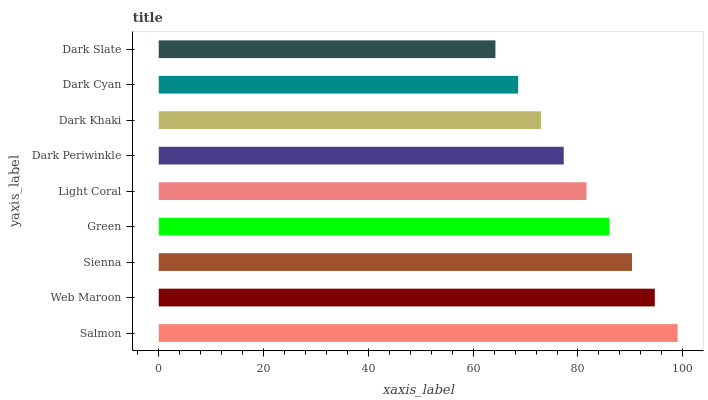
| yaxis_label | bars |
 | --- | --- |
 | Salmon | 99 |
 | Web Maroon | 94.7 |
 | Sienna | 90.3 |
 | Green | 86 |
 | Light Coral | 81.6 |
 | Dark Periwinkle | 77.3 |
 | Dark Khaki | 72.9 |
 | Dark Cyan | 68.6 |
 | Dark Slate | 64.2 |